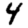
Digit: 4